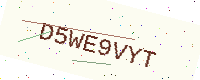
Text: D5WE9VYT